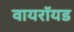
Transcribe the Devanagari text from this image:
वायरॉयड